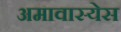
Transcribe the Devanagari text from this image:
अमावास्येस